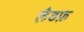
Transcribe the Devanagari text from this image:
लैडफ़